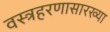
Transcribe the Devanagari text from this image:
वस्त्रहरणासारख्या